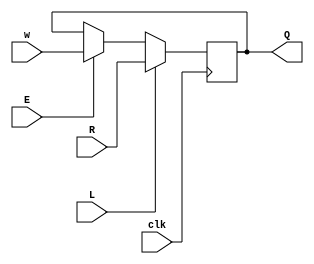
module top_module (
    input clk,
    input w, R, E, L,
    output Q
);
    always@(posedge clk)
        begin
            Q<=L?R:(E?w:Q);
        end
endmodule